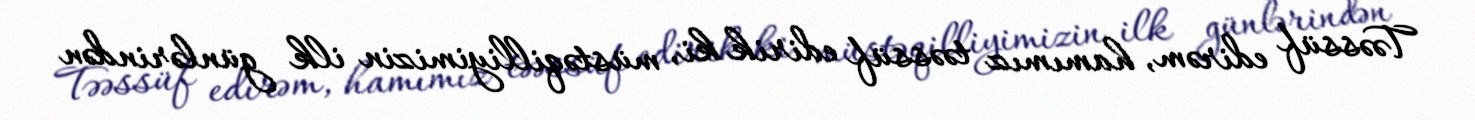
Təəssüf edirəm, hamımız təəssüf edirik ki, müstəqilliyimizin ilk günlərindən